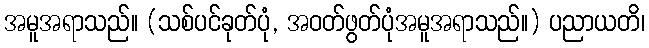
အမူအရာသည်။ (သစ်ပင်ခုတ်ပုံ, အဝတ်ဖွတ်ပုံအမူအရာသည်။) ပညာယတိ၊